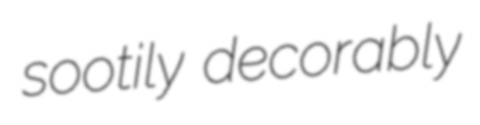
sootily decorably